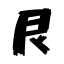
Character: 艮